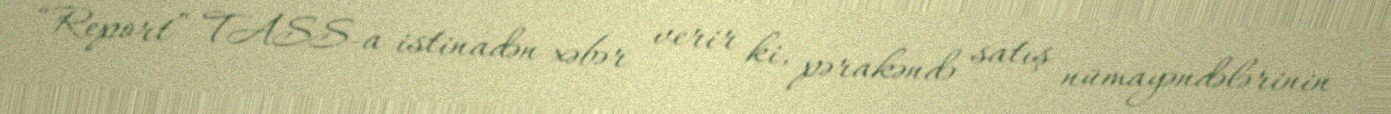
“Report” TASS-a istinadən xəbər verir ki, pərakəndə satış nümayəndələrinin